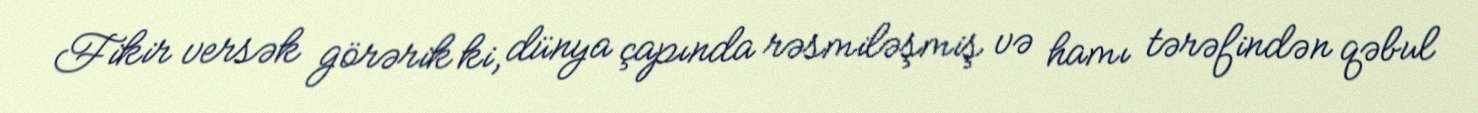
Fikir versək görərik ki, dünya çapında rəsmiləşmiş və hamı tərəfindən qəbul